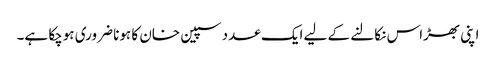
اپنی بھڑاس نکالنے کے لیے ایک عدد سپین خان کا ہونا ضروری ہوچکا ہے۔